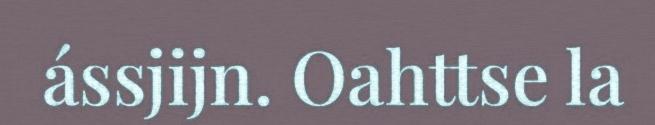
ássjijn. Oahttse la